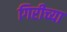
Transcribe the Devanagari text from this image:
गिरीच्या